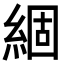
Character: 𮈗